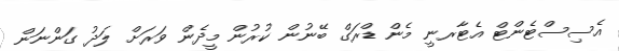
އެސިސްޓެންޓް އެޓާރނީ މެން ޑްރަގް ބޭނުން ކުރުން މީދެން ވަރަށް ލަދު ގަންނަން